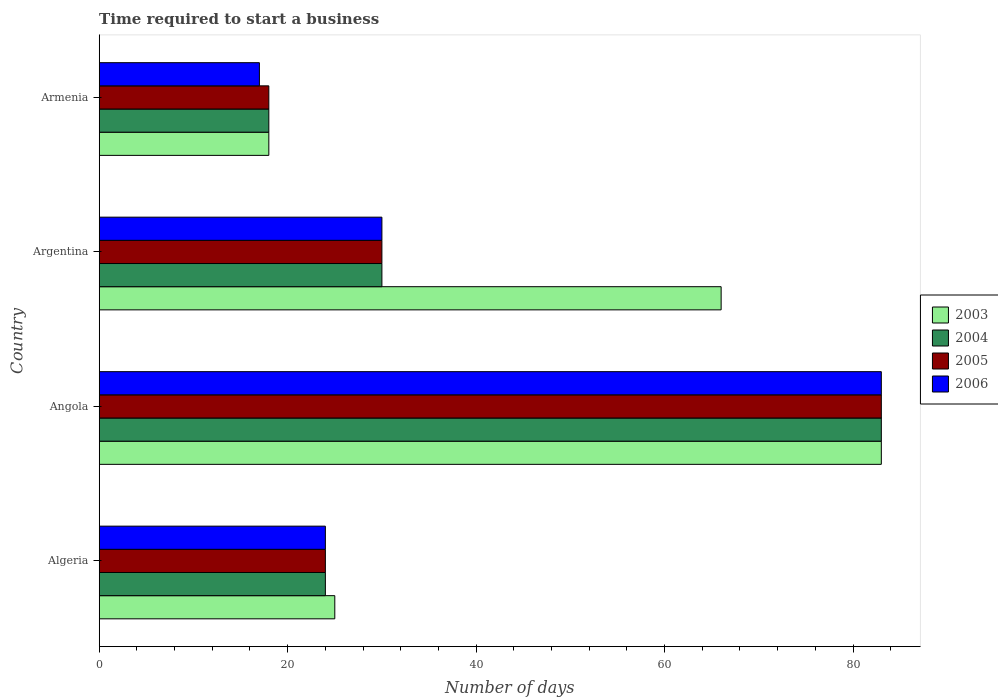
| Country | 2003 | 2004 | 2005 | 2006 |
 | --- | --- | --- | --- | --- |
 | Algeria | 25 | 24 | 24 | 24 |
 | Angola | 83 | 83 | 83 | 83 |
 | Argentina | 66 | 30 | 30 | 30 |
 | Armenia | 18 | 18 | 18 | 17 |